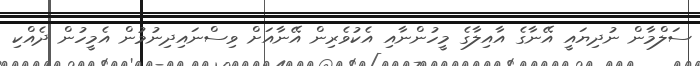
ސަލްމާން ނުދިޔައީ އޭނާގެ އާއިލާގެ މީހުންނާއި އެކުވެރިން އޭނާއަށް ވިސްނައިދިނުމުން އެމީހުން ދެއްކި